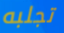
تجلبه